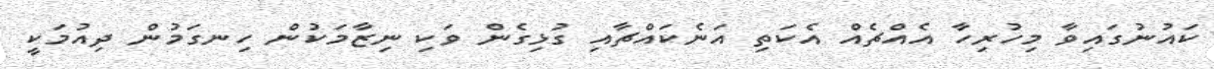
ކައުނުގައިވާ މިހުރިހާ އެއްޗެއް އެކަތި އަނެކައްޗާއި ގުޅިގެން ވަކި ނިޒާމަކުން ހިނގަމުން ދިއުމަކީ